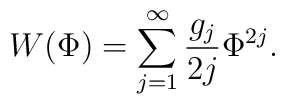
W(\Phi)=\sum_{j=1}^{\infty}\frac{g_{j}}{2j}\Phi^{2j}.